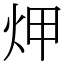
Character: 炠